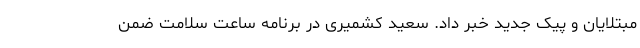
مبتلایان و پیک جدید خبر داد. سعید کشمیری در برنامه ساعت سلامت ضمن